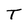
Character: T